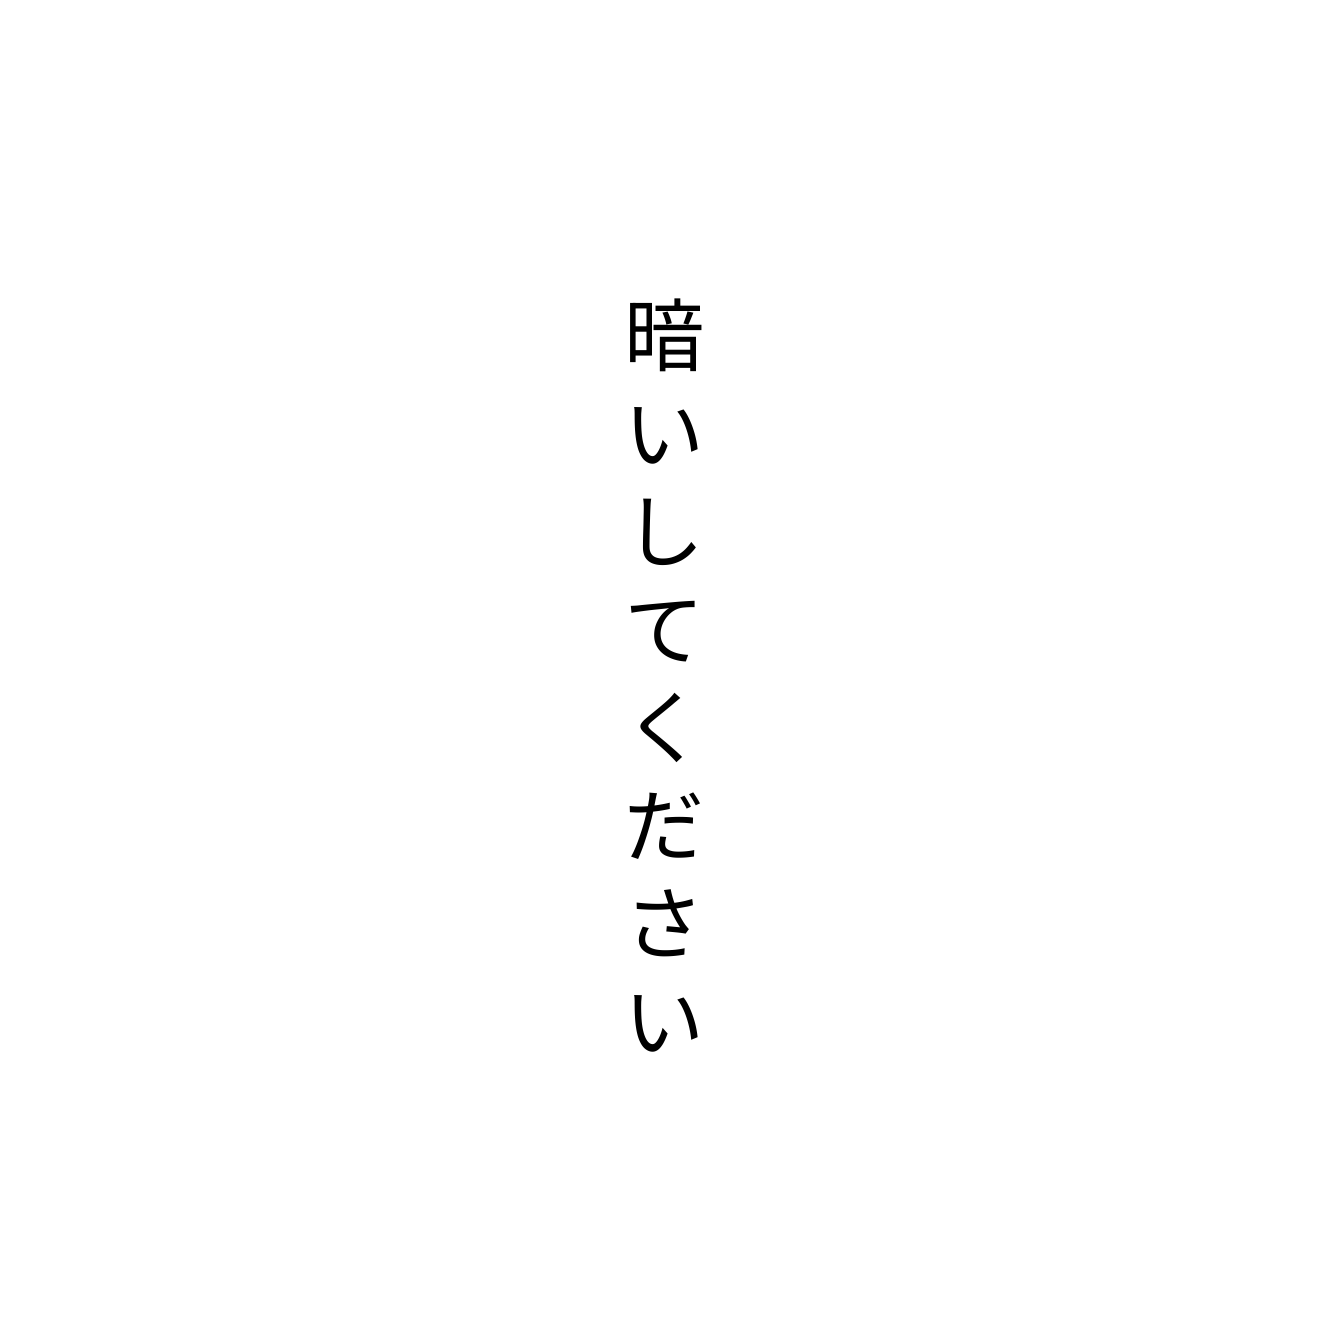
暗いしてください